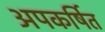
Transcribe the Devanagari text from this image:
अपकर्षित